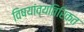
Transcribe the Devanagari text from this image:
विषयांव्यतिरिक्त